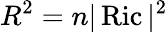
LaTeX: R^{2}=n|\operatorname{Ric}|^{2}